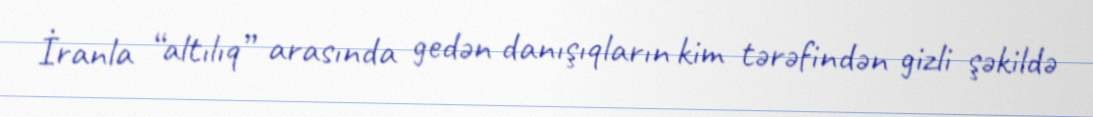
İranla “altılıq” arasında gedən danışıqların kim tərəfindən gizli şəkildə